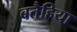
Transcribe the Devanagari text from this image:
बतैहिया